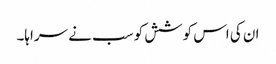
ان کی اس کوشش کو سب نے سراہا۔